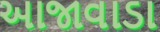
આજાવાડા